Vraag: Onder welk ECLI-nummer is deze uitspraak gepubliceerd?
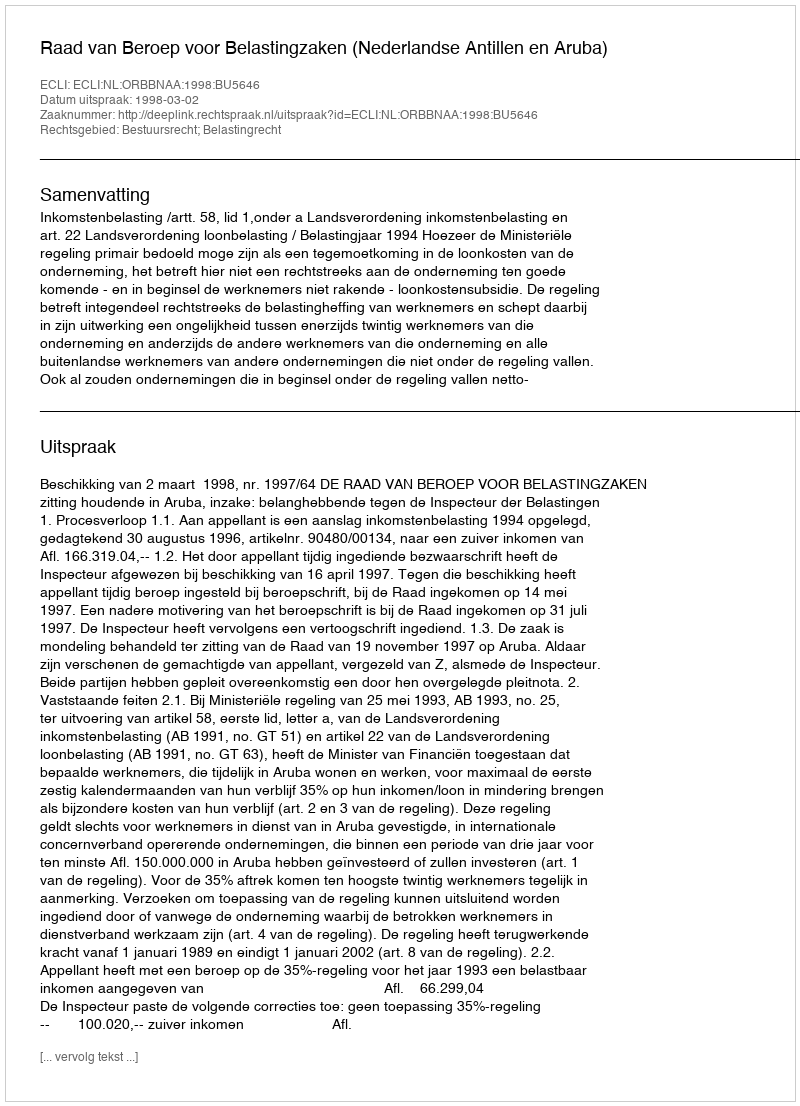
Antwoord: ECLI:NL:ORBBNAA:1998:BU5646